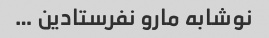
نوشابه مارو نفرستادین …